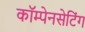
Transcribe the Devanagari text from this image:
कॉम्पेनसेटिंग